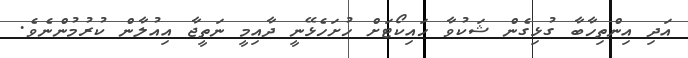
އަދި އިންތިހާބާ ގުޅިގެން ޝަކުވާ ހައިކޯޓަށް ހުށަހެޅޭނީ ދާއިމީ ނަތީޖާ އިއުލާން ކުރުމުންނެވެ.